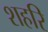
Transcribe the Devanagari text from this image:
शहरि